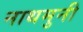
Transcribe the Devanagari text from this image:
नाथमुनी